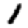
Digit: 1